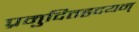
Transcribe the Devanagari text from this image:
प्रमुदितहृदयन्